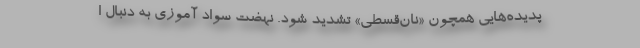
پديده‌هايي همچون «نان‌قسطي» تشديد شود. نهضت سواد آموزی به دنبال ا